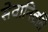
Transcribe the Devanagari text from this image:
सेवानिव्रति